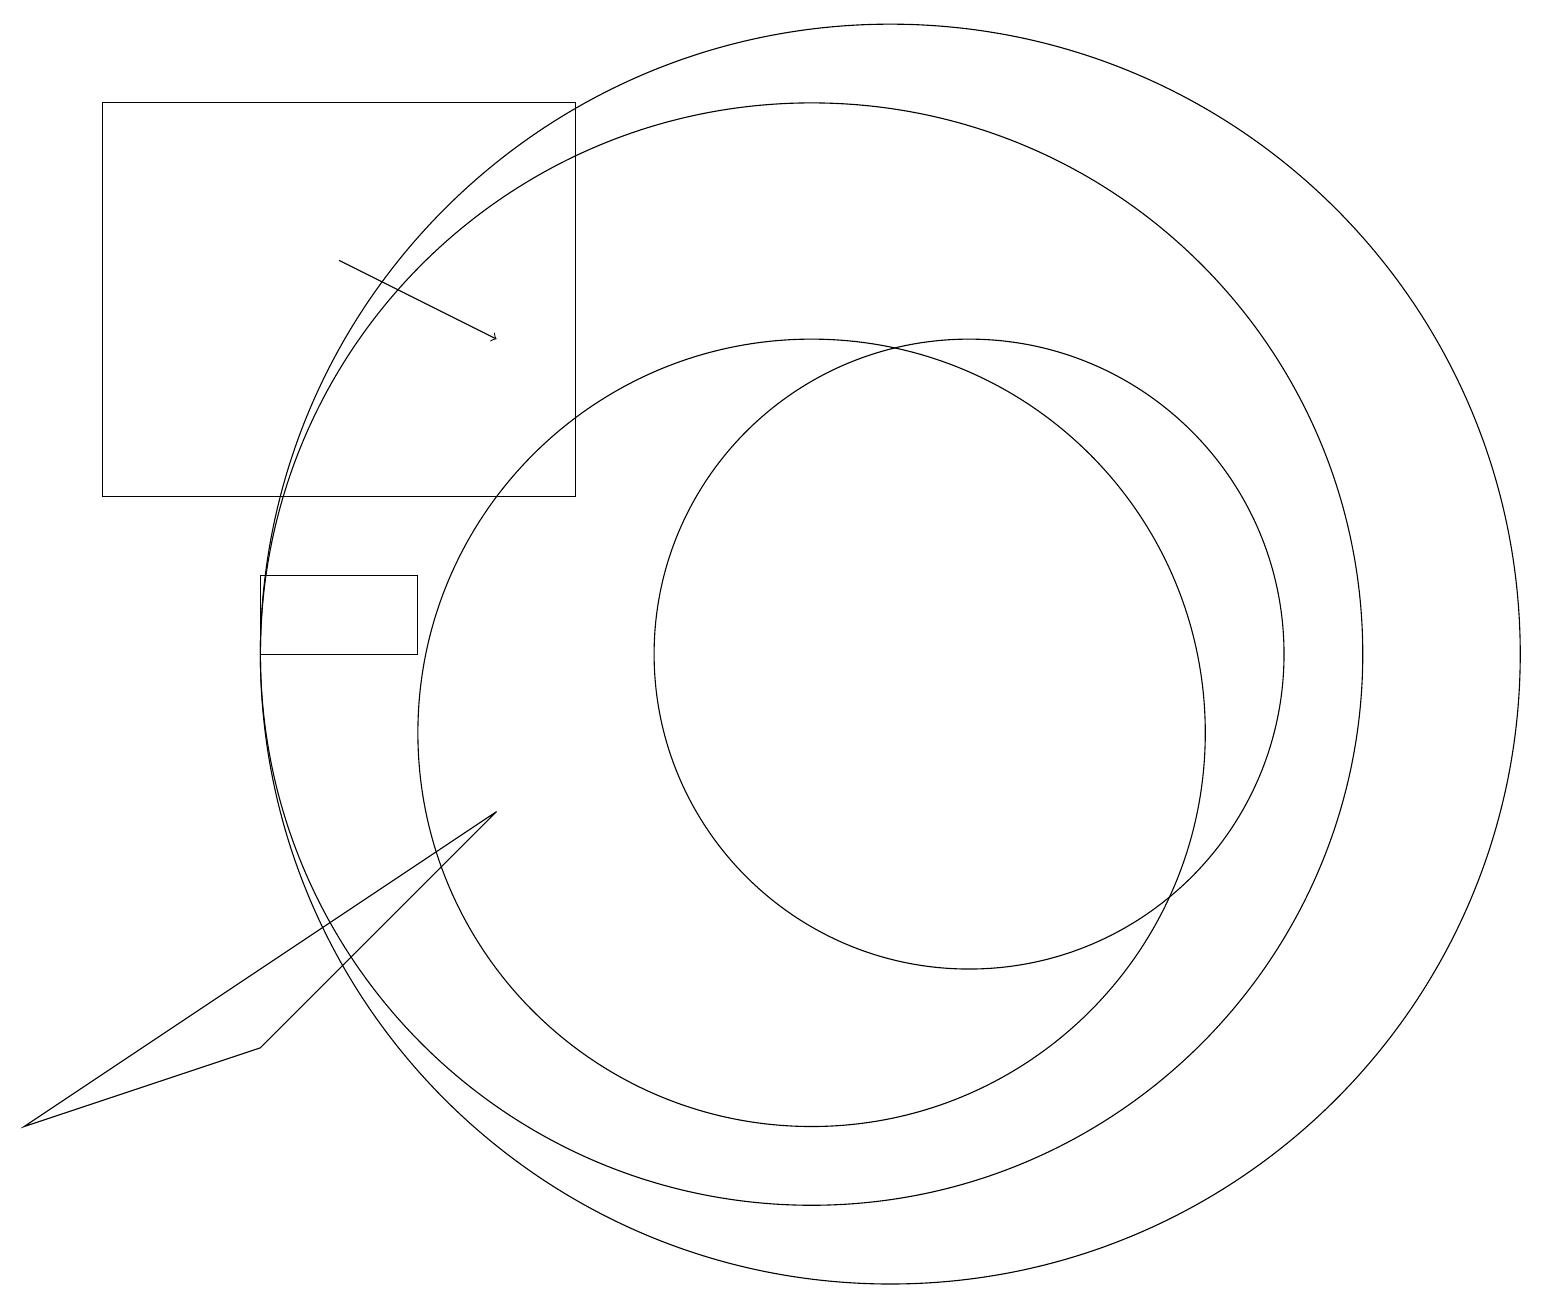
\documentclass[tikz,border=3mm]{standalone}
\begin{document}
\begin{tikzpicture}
\draw (1,18) rectangle (7,13);
\draw (0,5) -- (3,6) -- (6,9) -- cycle;
\draw (3,12) rectangle (5,11);
\draw (10,10) circle (5);
\draw (11,11) circle (8);
\draw (10,11) circle (7);
\draw (12,11) circle (4);
\draw[->] (4,16) -- (6,15);
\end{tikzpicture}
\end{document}